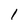
Character: 1